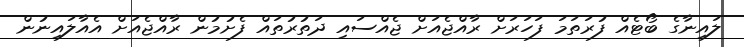
ލައިނާގެ ބޯޓެއް ފުރަތަމަ ފަހަރަށް ރާއްޖެއަށް ޖެއްސައި ދަތުރުތައް ފެށުމުން ރާއްޖެއަށް އެއާލައިނުން